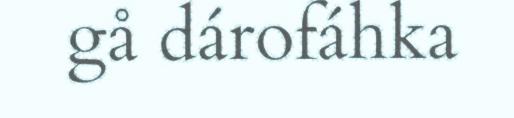
gå dárofáhka